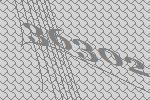
36302